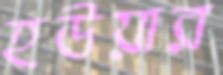
হউয়ার